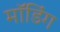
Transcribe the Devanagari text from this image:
मॉडिंग